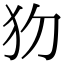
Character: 𤜩